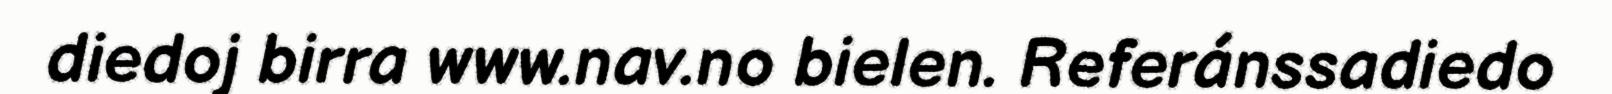
diedoj birra www.nav.no bielen. Referánssadiedo